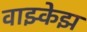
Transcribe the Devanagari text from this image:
वाझ्केझ